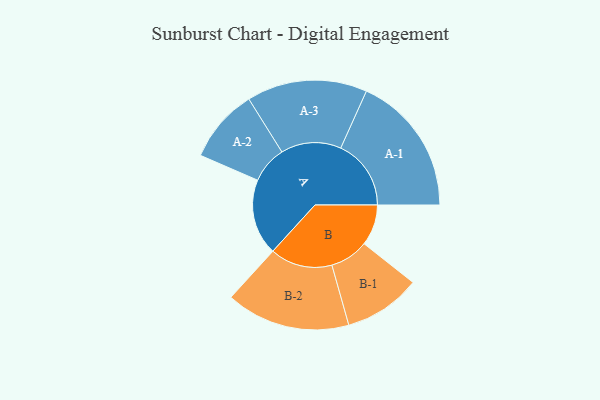
{"axis": {"x": "Segment", "y": "Value"}, "legend": ["", "A", "B"], "data": [{"x": "A", "y": 308, "type": ""}, {"x": "B", "y": 166, "type": ""}, {"x": "A-1", "y": 285, "type": "A"}, {"x": "A-2", "y": 150, "type": "A"}, {"x": "A-3", "y": 244, "type": "A"}, {"x": "B-1", "y": 156, "type": "B"}, {"x": "B-2", "y": 252, "type": "B"}]}